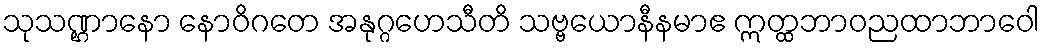
သုသဏ္ဌာနော နောဝိဂတေ အနုဂ္ဂဟေသီတိ သဗ္ဗယောနီနမာဧ ဣတ္ထဘာဝညထာဘာဝေါ